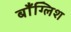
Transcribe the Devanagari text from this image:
बाँग्लिश